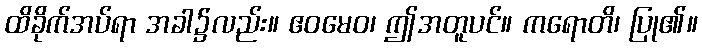
ထိခိုက်အပ်ရာ အခါ၌လည်း။ ဧဝမေဝ၊ ဤအတူပင်။ ကရောတိ၊ ပြု၏။